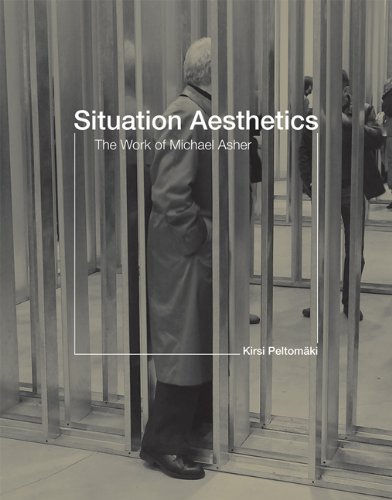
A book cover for Situation Aesthetics: The Work of Michael Asher; Kirsi PeltomÃ¤ki; Arts & Photography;